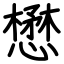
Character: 懋